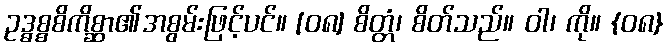
ဥဒ္ဓစ္စစိကိစ္ဆာ၏အစွမ်းဖြင့်ပင်။ [၀၈] စိတ္တံ၊ စိတ်သည်။ ဝါ၊ ကို။ {၀၈}